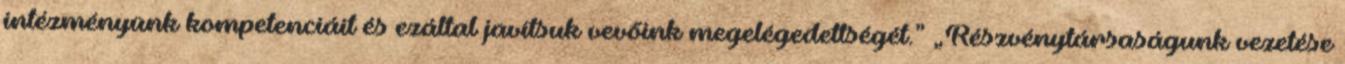
intézményünk kompetenciáit és ezáltal javítsuk vevőink megelégedettségét.” „Részvénytársaságunk vezetése